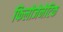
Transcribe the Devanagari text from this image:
फिलोजेनेटिक